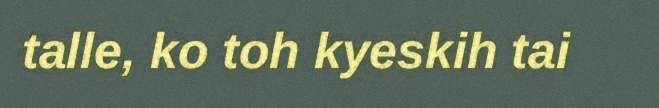
talle, ko toh kyeskih tai